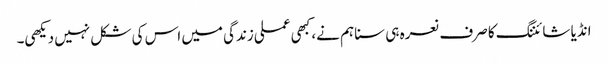
انڈیا شائننگ کا صرف نعرہ ہی سنا ہم نے، کبھی عملی زندگی میں اس کی شکل نہیں دیکھی۔